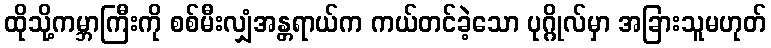
ထိုသို့ကမ္ဘာကြီးကို စစ်မီးလျှံအန္တရာယ်က ကယ်တင်ခဲ့သော ပုဂ္ဂိုလ်မှာ အခြားသူမဟုတ်